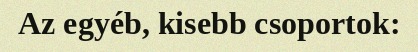
Az egyéb, kisebb csoportok: